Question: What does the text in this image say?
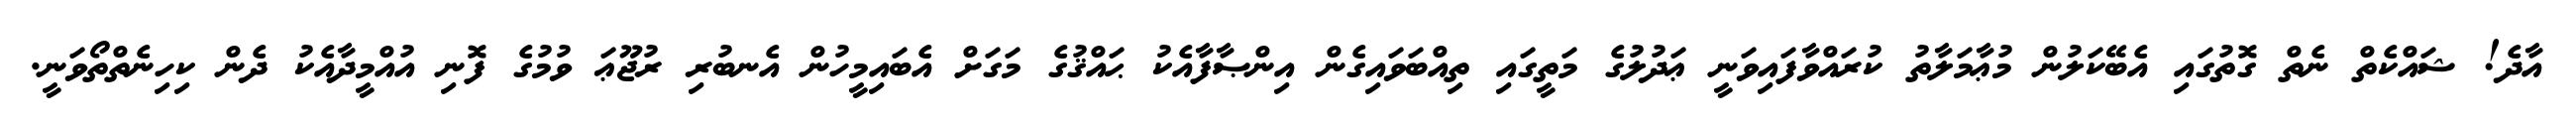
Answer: އާދެ! ޝައްކެތް ނެތް ގޮތުގައި އެބޭކަލުން މުޢާމަލާތު ކުރައްވާފައިވަނީ ޢަދުލުގެ މަތީގައި ތިއްބަވައިގެން އިންޞާފާއެކު ޙައްޤުގެ މަގަށް އެބައިމީހުން އެނބުރި ރުޖޫޢަ ވުމުގެ ފޮނި އުއްމީދާއެކު ދެން ކިހިނެތްތޯވަނީ.